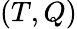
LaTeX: (T,Q)